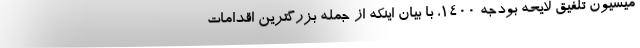
میسیون تلفیق لایحه بودجه ۱۴۰۰، با بیان اینکه از جمله بزرگترین اقدامات